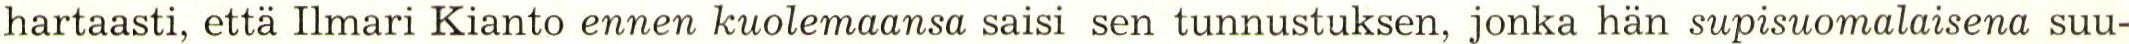
hartaasti, että Ilmari Kianto ennen kuolemaansa saisi sen tunnustuksen, jonka hän supisuomalaisena suu-